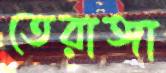
তেরাঙ্গা